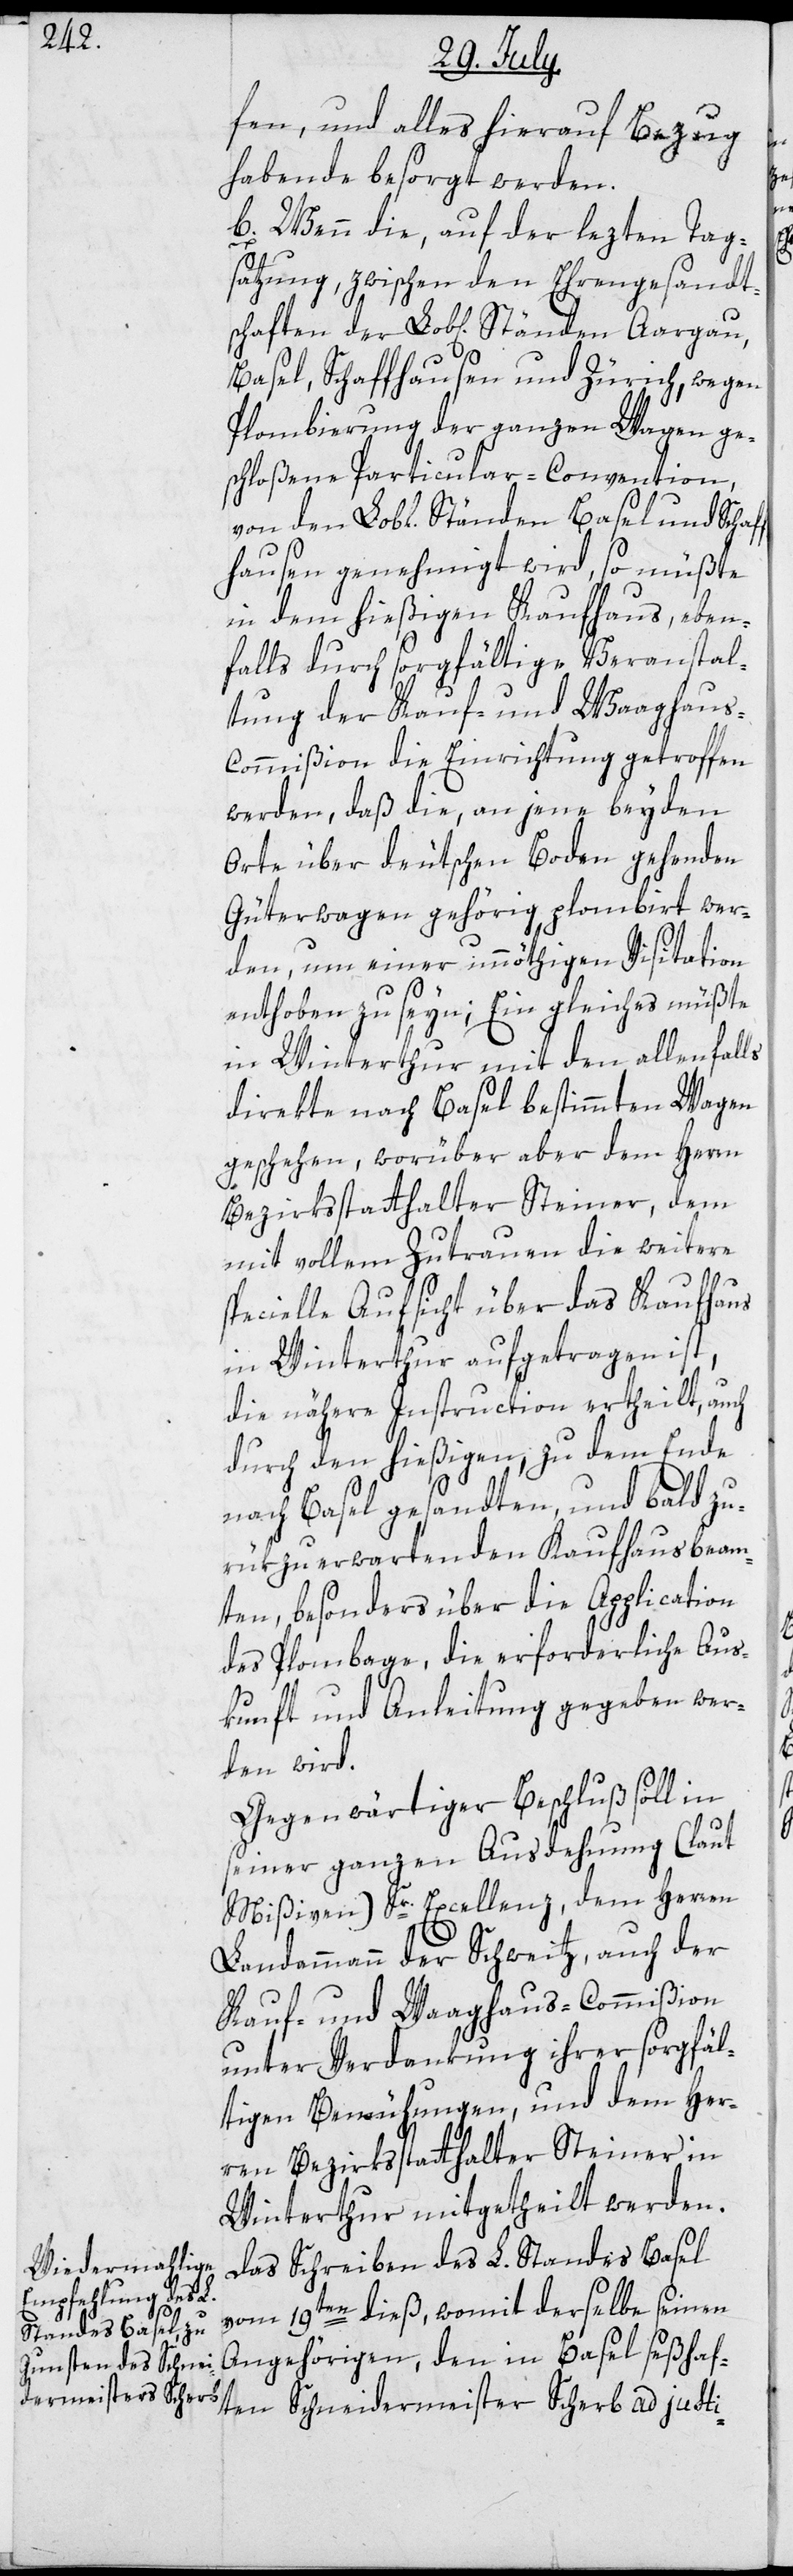
fen, und alles hierauf Bezug
habende besorgt werden.
B. Wenn die, auf der lezten Tag¬
satzung, zwischen den Ehrengesandt¬
schaften der Lob[lichen] Ständen Aargau,
Basel, Schaffhausen und Zürich, wegen
Plombierung der ganzen Wagen ge¬
schloßene Particular-Convention,
von den Lobl. Ständen Basel und Schaf¬
fhausen genehmigt wird, so müßte
in dem hießigen Kaufhaus, eben¬
falls durch sorgfältige Veranstal¬
tung der Kauf- und Waaghaus¬
commißion die Einrichtung getroffen
werden, daß die, an jene beyden
Orte über deutschen Boden gehenden
Güterwagen gehörig plombirt wer¬
den, um einer unnöthigen Visitation
enthoben zu seyn; Ein gleiches müßte
in Winterthur mit den allenfalls
direkte nach Basel bestimmten Wagen
geschehen, worüber aber dem Herrn
Bezirksstatthalter Steiner, dem
mit vollem Zutrauen die weitere
specielle Aufsicht über das Kaufhaus
in Winterthur aufgetragen ist,
die nähere Instruction ertheilt, auch
durch den hießigen, zu dem Ende
nach Basel gesandten und bald zu¬
rükzuerwartenden Kaufhausbeam¬
ten, besonders über die Application
des Plombage, die erforderliche Aus¬
kunft und Anleitung gegeben wer¬
den wird.
Gegenwärtiger Beschluß soll in
seiner ganzen Ausdehnung (laut
Mißiven) Sr. Excellenz, dem Herren
Landammann der Schweitz, auch der
Kauf- und Waaghaus-Commißion
unter Verdankung ihrer sorgfäl¬
tigen Bemühungen, und dem Her¬
ren Bezirksstatthalter Steiner in
Winterthur mitgetheilt werden.
Das Schreiben des L. Standes Basel
vom 19ten dieß, womit derselbe seinen
Angehörigen, den in Basel seßhaf¬
ten Schneidermeister Scherb ad justi-